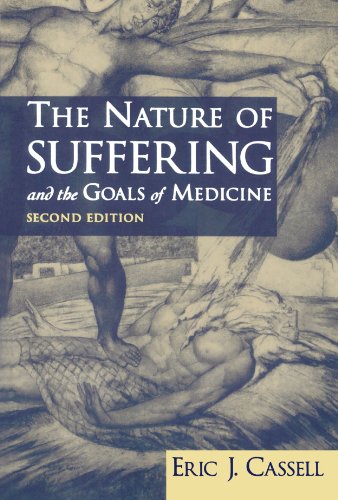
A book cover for The Nature of Suffering and the Goals of Medicine, 2nd Edition; Eric J. Cassell; Self-Help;